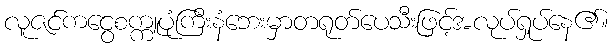
လူဇင်ကငွေစက္ကူပုံကြီးနံဘေးမှာတရုတ်ပေသီးဖြင့်အလုပ်ရှုပ်နေ၏။